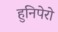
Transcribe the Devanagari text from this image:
हुनिपेरो